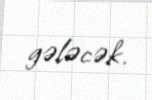
gələcək.